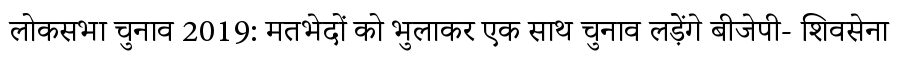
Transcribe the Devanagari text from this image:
लोकसभा चुनाव 2019: मतभेदों को भुलाकर एक साथ चुनाव लड़ेंगे बीजेपी- शिवसेना